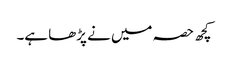
کچھ حصہ میں نے پڑھا ہے۔